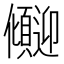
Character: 𫤏